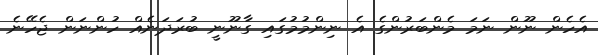
އެހެން ނޫން ނަމަ މެންބަރުންގެ އެ ނިންމުމުގައި ގާނޫނީ ބުރަދަނެއް ހުންނަން ޖެހޭނެ